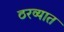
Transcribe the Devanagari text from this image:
ठरव्यात